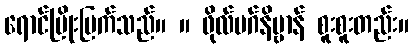
ရောင်ပြိုးပြက်သည်။ ။ ဖိုလ်မဂ်နိဗ္ဗာန် စူးစူးတည်း။